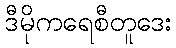
ဒီမိုကရေစီတူဒေး